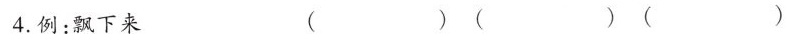
4.例：飘下来 ( )( )( )